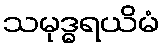
သမုဒ္ဓရယိမံ